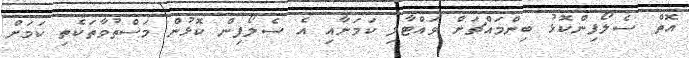
އޮތް ސެލޯފިންކޮޅު ބިންމައްޗަށް ވައްޓާލި ކަމަށާއި އެ ސެލޯފިން ކޮޅުން މަސްތުވާތަކެތި ކަމަށް